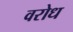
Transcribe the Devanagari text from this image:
वरोध